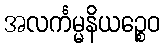
အလင်္ကမ္မနိယဉ္စေဝ